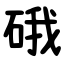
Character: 硪